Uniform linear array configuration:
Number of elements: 64
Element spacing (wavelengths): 0.25
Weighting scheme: exponential
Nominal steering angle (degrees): -15
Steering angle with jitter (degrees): -16.783
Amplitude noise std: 0.05
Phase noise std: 0.05

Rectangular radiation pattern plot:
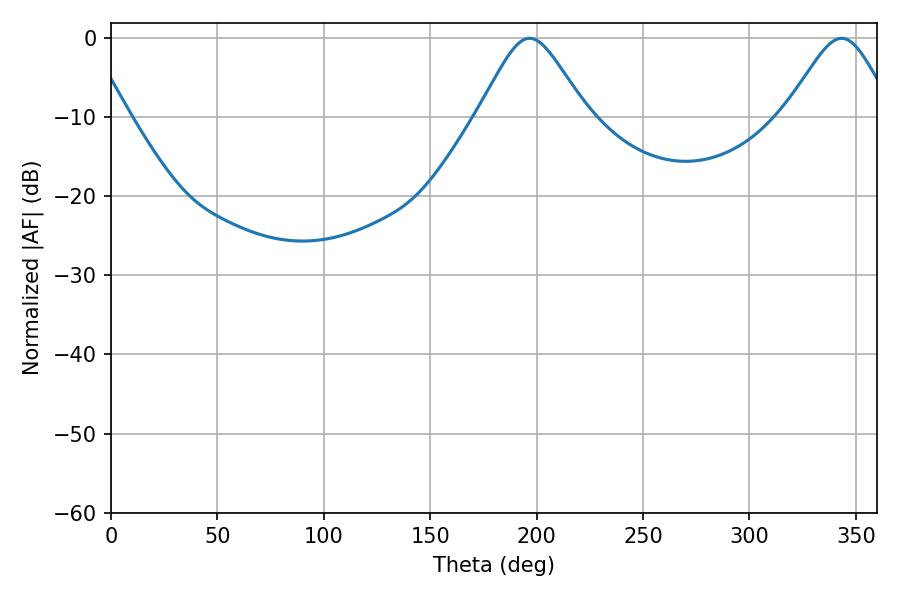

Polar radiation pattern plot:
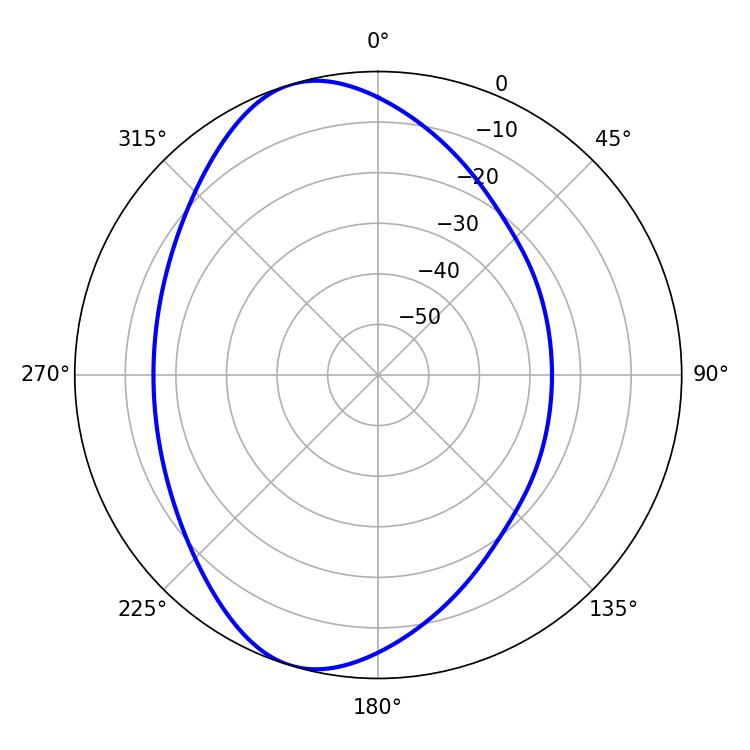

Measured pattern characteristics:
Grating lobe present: FALSE
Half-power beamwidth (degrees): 24.66
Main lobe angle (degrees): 196.74